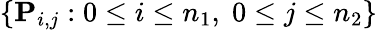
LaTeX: \{ \mathbf{P}_{i,j}:0\leq i\leq n_{1},\; 0\leq j\leq n_{2}\}